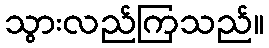
သွားလည်ကြသည်။